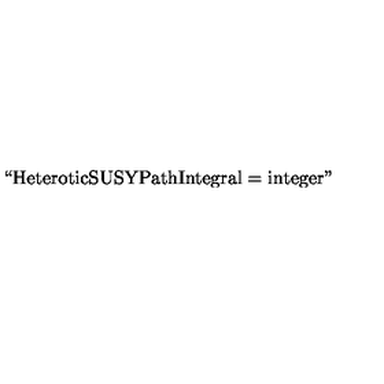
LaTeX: \mathrm { ` ` H e t e r o t i c S U S Y P a t h I n t e g r a l } = \mathrm { i n t e g e r " }